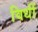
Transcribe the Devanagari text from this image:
विधीं